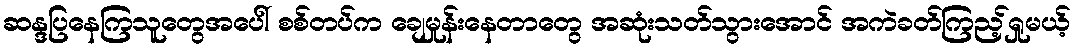
ဆန္ဒပြနေကြသူတွေအပေါ် စစ်တပ်က ချေမှုန်းနေတာတွေ အဆုံးသတ်သွားအောင် အကဲခတ်ကြည့်ရှုမယ့်